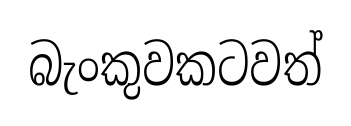
බැංකුවකටවත්